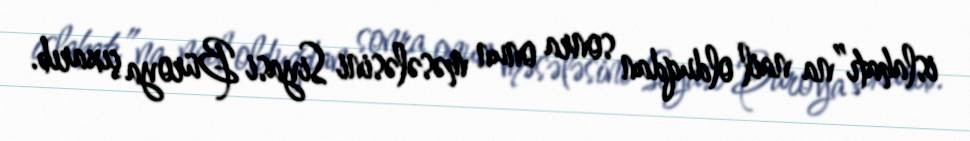
islahatı”na nail olduqdan sonra onun məsələsini Siyasi Büroya çıxarıb.